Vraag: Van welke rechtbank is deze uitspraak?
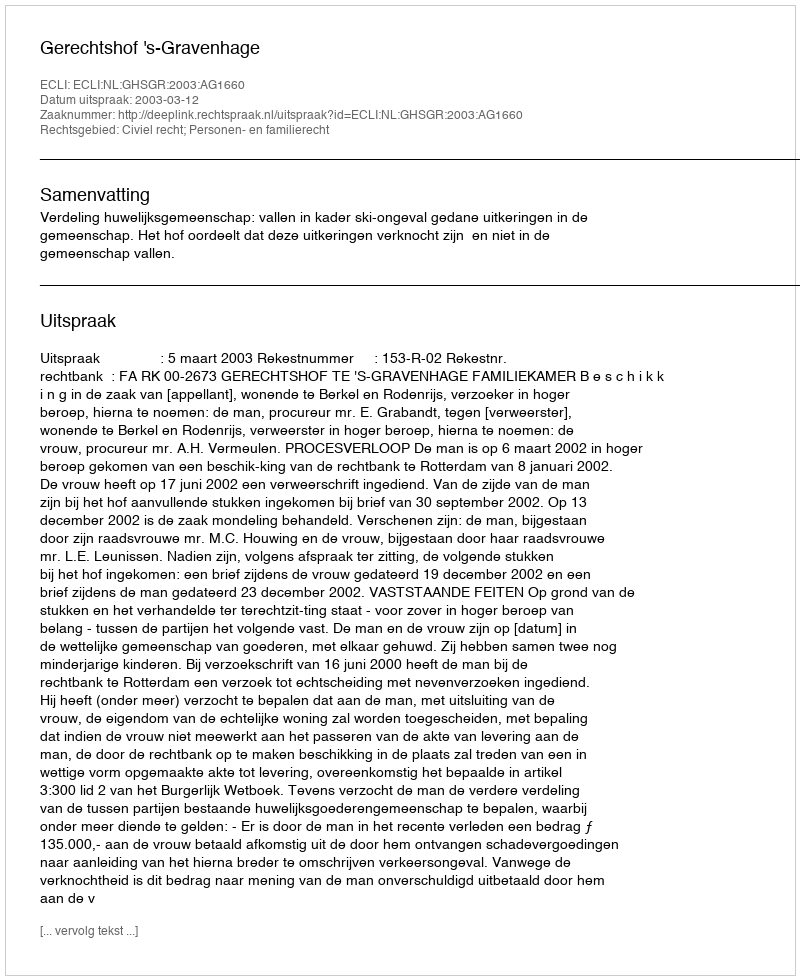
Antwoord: Gerechtshof 's-Gravenhage